Annual report of the Imperial Bacteriologist
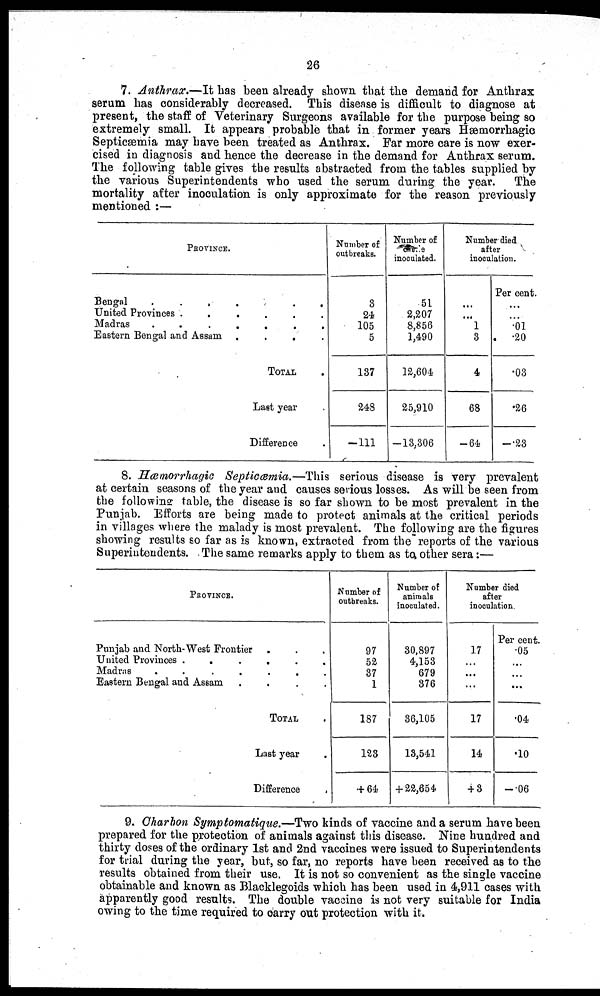
26
7. Anthrax.—It has been already shown that the demand for Anthrax
serum has considerably decreased. This disease is difficult to diagnose at
present, the staff of Veterinary Surgeons available for the purpose being so
extremely small. It appears probable that in former years Hæmorrhagic
Septicæmia may have been treated as Anthrax. Far more care is now exer-
cised in diagnosis and hence the decrease in the demand for Anthrax serum.
The following table gives the results abstracted from the tables supplied by
the various Superintendents who used the serum during the year. The
mortality after inoculation is only approximate for the reason previously
mentioned :—
PROVINCE
Bengal . . . .
United Provinces .
.
.
Madras
.
.
.
Eastern Bengal and Assam .
. . .
. . .
. . .
. . .
TOTAL .
Last year
Difference .
Number of
outbreaks.
3
24
105
5
137
248
—111
Number of
cattle
inoculated.
51
2,207
8,856
1,490
12,604
25,910
—13,306
Number died
after
inoculation.
...
...
1
3
4
68
—64
Per cent.
.01
.20
.03
.26
—.23
8. Hæmorrhagic Septicæmia.—This serious disease is very prevalent
at certain seasons of the year and causes serious losses. As will be seen from
the following table, the disease is so far shown to be most prevalent in the
Punjab. Efforts are being made to protect animals at the critical periods
in villages where the malady is most prevalent. The following are the figures
showing results so far as is known, extracted from the reports of the various
Superintendents. The same remarks apply to them as to other sera :—
PROVINCE.
Punjab and North-West Frontier . . .
United Provinces . . . . . .
Madras
.
.
.
.
.
.
.
Eastern Bengal and Assam
.
.
.
.
TOTAL .
Last year .
Difference
.
Number of
outbreaks.
97
52
37
1
187
123
+64
Number of
animals
inoculated.
30,897
4,153
679
376
36,105
13,541
+ 22,654
Number died
after
inoculation.
17
...
...
...
17
14
+3
Per cent.
.05
...
...
...
.04
.10
-.06
9. Charbon Symptomatique.—Two kinds of vaccine and a serum have been
prepared for the protection of animals against this disease. Nine hundred and
thirty doses of the ordinary 1st and 2nd vaccines were issued to Superintendents
for trial during the year, but, so far, no reports have been received as to the
results obtained from their use. It is not so convenient as the single vaccine
obtainable and known as Blacklegoids which has been used in 4,911 cases with
apparently good results. The double vaccine is not very suitable for India
owing to the time required to carry out protection with it.